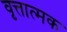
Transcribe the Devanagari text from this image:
वृत्तात्मक